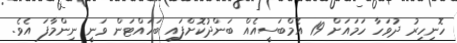
ހޮނިހިރު ދުވަހާ ހަމައަށް 19 އެމްބަސީއެއް ބަންދުކޮށްފައި ބަހައްޓަން ވަނީ ނިންމާފަ އެވެ.